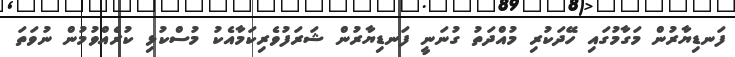
ފަނޑިޔާރުން މަގާމުގައި ހޭދަކުރި މުއްދަތު ގުނަނީ ފަނޑިޔާރުން ޝަރަފުވެރިކަމާއެކު މުސްކުޅި ކުރެއްވުމުން ނުވަތަ